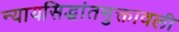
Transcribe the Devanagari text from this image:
न्यायसिद्धांतमुक्तावली